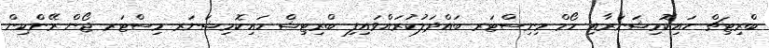
ބްރިޓިޗް ހައިކޮމިޝަނަރާއި ހޯމް މިނިސްޓަރ ބައްދަލުކުރައްވައިފި ބްރިޓިޝް ހައިކޮމިޝަނަރ މިސްޓަރ ޖޯން ރޭންކިން